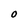
Character: O